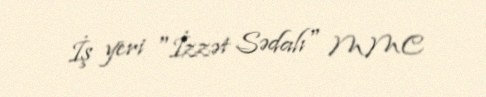
İş yeri "İzzət Sədalı" MMC